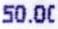
50.00